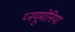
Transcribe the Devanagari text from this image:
प्नयूमोनिया